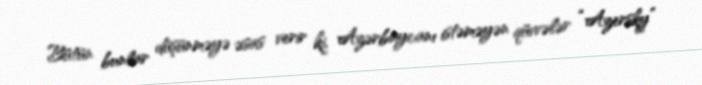
Bütün bunlar düşünməyə əsas verir ki, Azərbaycanı istəməyən qüvvələr “Azersky”